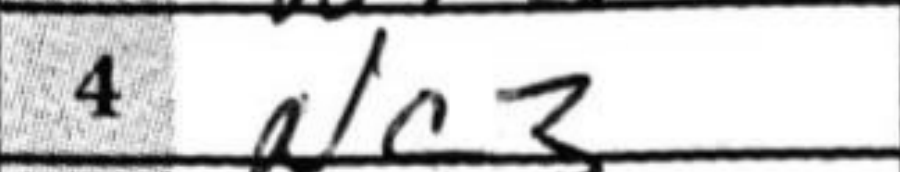
Transcription: Nc3